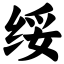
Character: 绥